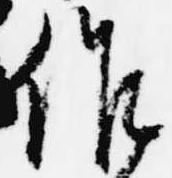
作